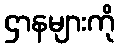
ဌာနများကို